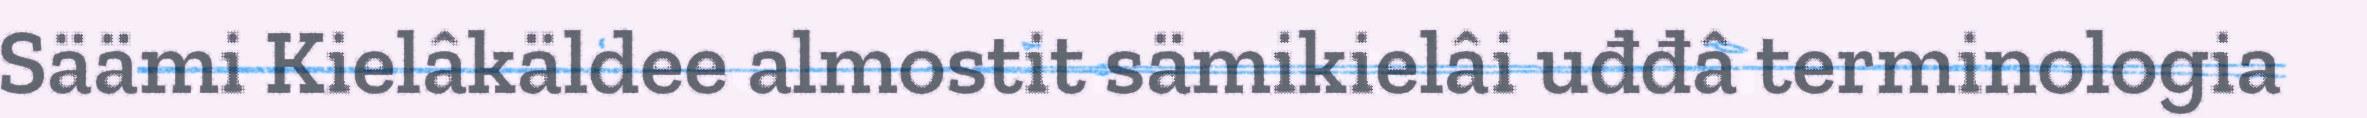
Säämi Kielâkäldee almostit sämikielâi uđđâ terminologia